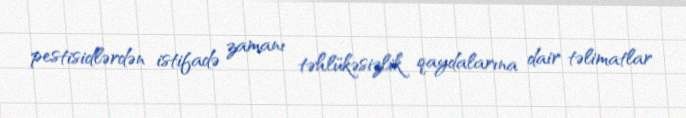
pestisidlərdən istifadə zamanı təhlükəsizlik qaydalarına dair təlimatlar